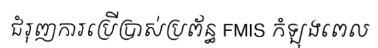
ជំរុញការប្រើប្រាស់ប្រព័ន្ធ FMIS កំឡុងពេល